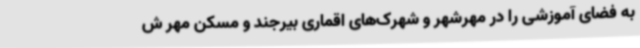
به فضای آموزشی را در مهرشهر و شهرک‌های اقماری بیرجند و مسکن مهر ش